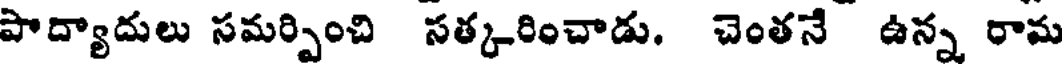
పాద్యాదులు సమర్పించి సత్కరించాడు. చెంతనే ఉన్న రామ